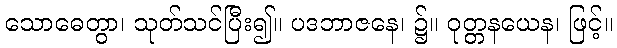
သောဓေတွာ၊ သုတ်သင်ပြီး၍။ ပဒဘာဇနေ၊ ၌။ ဝုတ္တနယေန၊ ဖြင့်။